system: You are a helpful assistant.
user:
Analyze the provided spectrum to determine if it is a **S-type Star**.

- **Key Indicators for S-type Star:**

    - **(Overall Spectrum Shape):** The first and most obvious characteristic is the overall continuum (the "baseline" shape). It is **extremely "red-sloping,"** meaning the flux (light intensity) is very low on the left side (blue, ~4000-4500 Å) and rises steeply and continuously toward the right side (red, ~7000 Å+).

    - **(Primary):** The spectrum is defined by the presence of strong, broad molecular absorption "valleys" (bands) from **Zirconium Oxide (ZrO)**. The identification of these bands is the **primary requirement** for classifying a star as S-type.
        - **(Key Bandheads):** You must find distinct, deep "dips" where the light has been absorbed. The most critical band systems to locate are:
            - **~6474 Å** ($\gamma$-system): This is often the strongest and clearest ZrO feature, found in the red part of the spectrum.
            - **~5718 Å** & **~5551 Å** ($\beta$-system): A pair of prominent absorption features in the yellow-orange part of the spectrum.
            - **~4640 Å** ($\alpha$-system): A key absorption band system in the blue-green region of the spectrum.

    - **(Secondary Confirmation):** The classification is strengthened by finding additional absorption bands from other related heavy element oxides, which are expected to be present alongside ZrO.
        - **(Key Bandheads):**
            - **Yttrium Oxide (YO):** Look for absorption dips near **~4800 Å** and **~6100 Å**.
            - **Lanthanum Oxide (LaO):** Additional absorption features, particularly in the red-orange part of the spectrum, are also characteristic.

    - **(Line Profile):** The combination of the steep red continuum and these numerous, deep molecular bands (ZrO, YO, etc.) gives the entire spectrum a very **"chopped-up"** or **"bumpy"** appearance. Instead of a smooth curve, the spectrum looks as though large, wide chunks of light have been "carved out" of it at the specific wavelengths listed above.

Think first, call **spectral_visualization_tool** if needed to examine features in detail, then provide your final answer. Your response must adhere to the following strict rules:
1.  **Overall Structure:** Your response must follow the format `<think>...</think> <tool_call>...</tool_call> (if a tool is used) <answer>...</answer>`.
2.  **Tool Usage Constraint:** You may only make **one** tool call per turn.
3.  **Final Answer Format:** In the `<answer>` tag, your conclusion must be inside a `\boxed{}` command (e.g., `\boxed{YES}` or `\boxed{NO}`), followed by your justification.

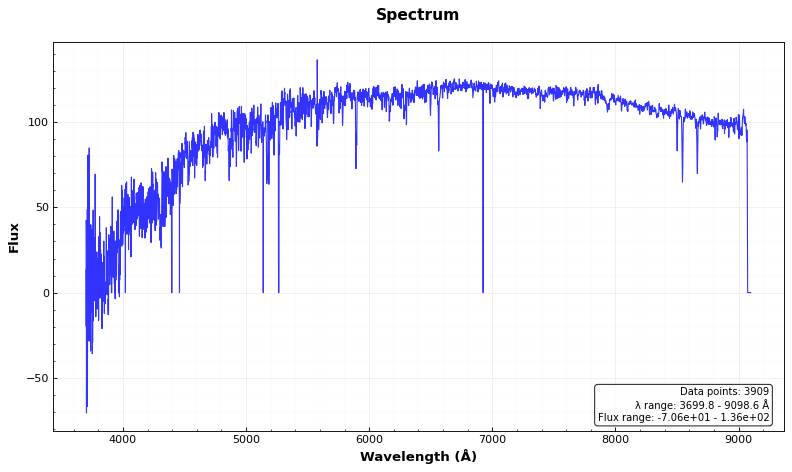
Answer: NO